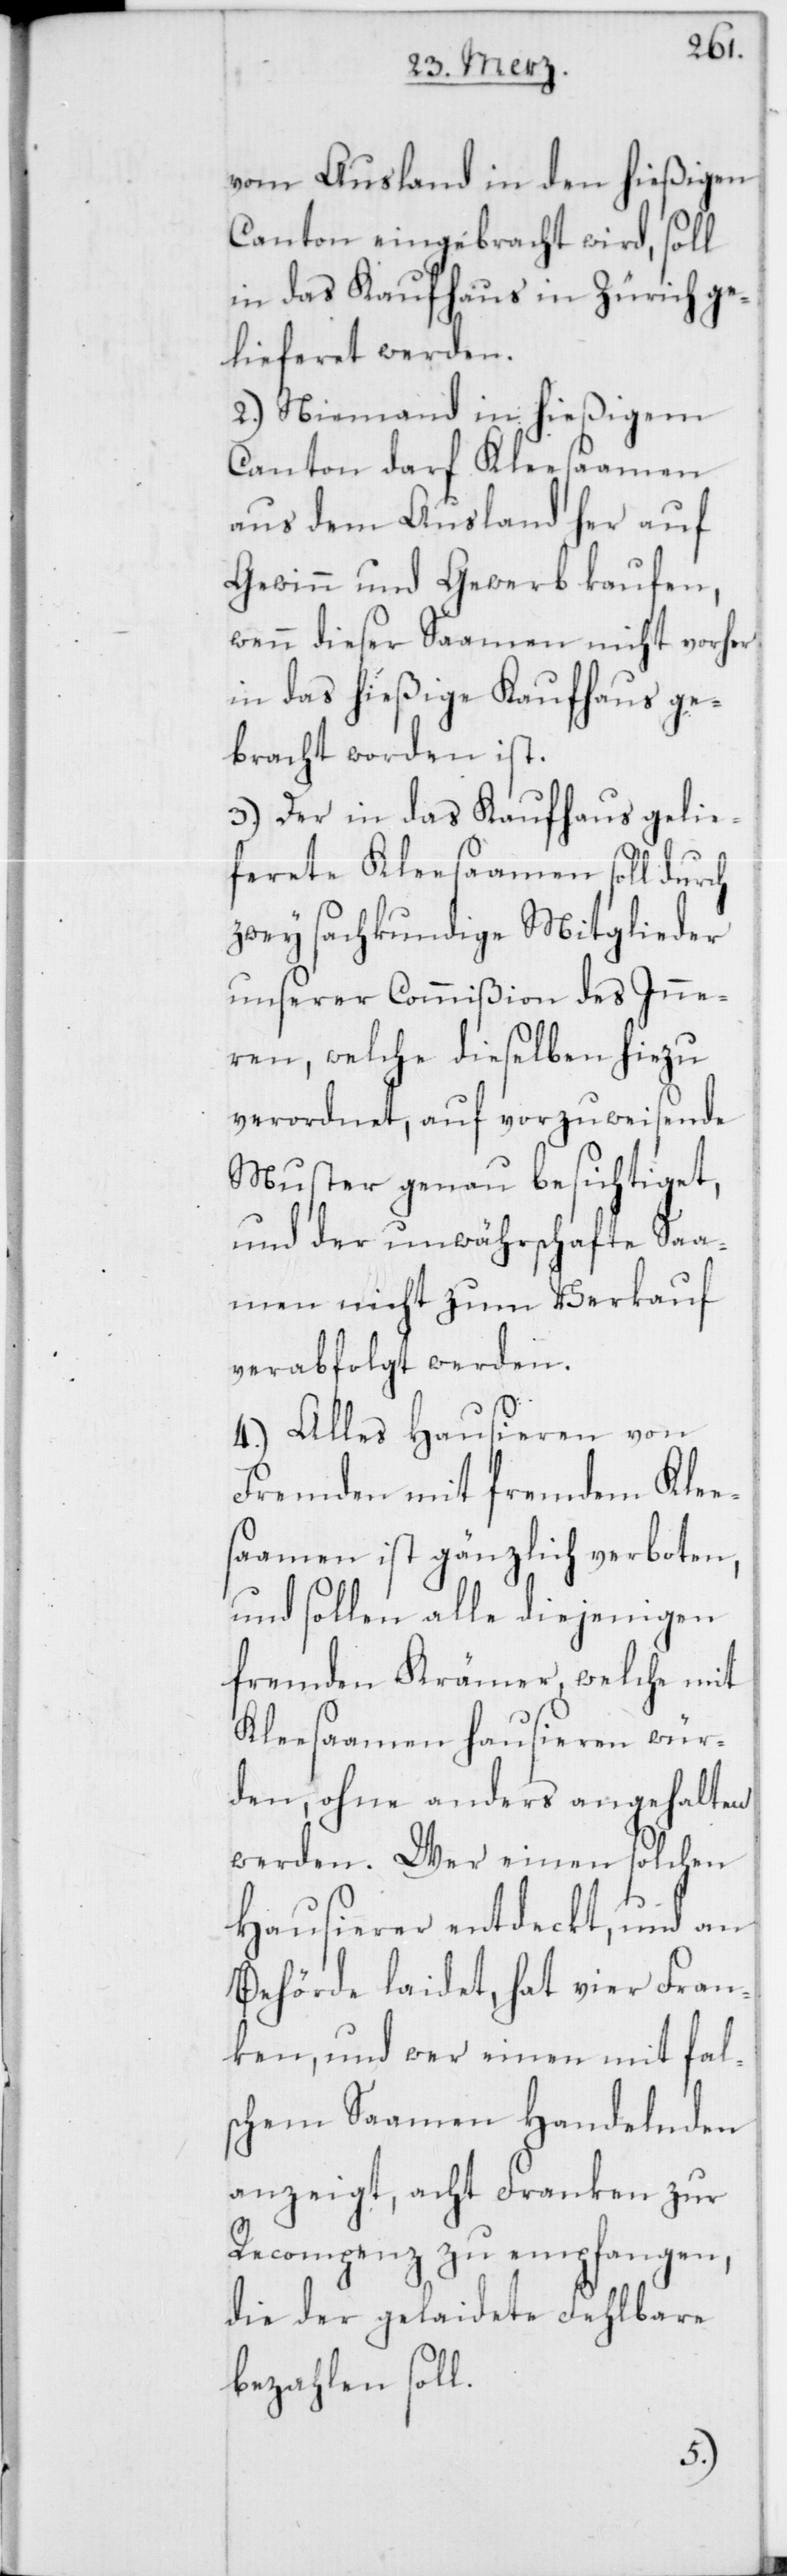
vom Ausland in den hießigen
Canton eingebracht wird, soll
in das Kaufhaus in Zürich ge¬
lieferet werden.
2.) Niemand in hießigem
Canton darf Kleesaamen
aus dem Ausland her auf
Gewinn und Gewerb kaufen,
wenn dieser Saamen nicht vorher
in das hießige Kaufhaus ge¬
bracht worden ist.
3.) Der in das Kaufhaus gelie¬
ferete Kleesaamen soll durch
zwey sachkundige Mitglieder
unserer Commißion des Inne¬
ren, welche dieselben hiezu
verordnet, auf vorzuweisende
Muster genau besichtiget,
und der unwährschafte Saa¬
men nicht zum Verkauf
verabfolgt werden.
4.) Alles Hausieren von
Fremden mit fremdem Klee¬
saamen ist gänzlich verboten,
und sollen alle diejenigen
fremden Krämer, welche mit
Kleesaamen hausieren wür¬
den, ohne anders angehalten
werden. Wer einen solchen
Hausierer entdeckt, und an
Behörde laidet, hat vier Fran¬
ken, und wer einen mit fal¬
schem Saamen Handelnden
anzeigt, acht Franken zur
Recompenz zu empfangen,
die der gelaidete Fehlbare
bezahlen soll.